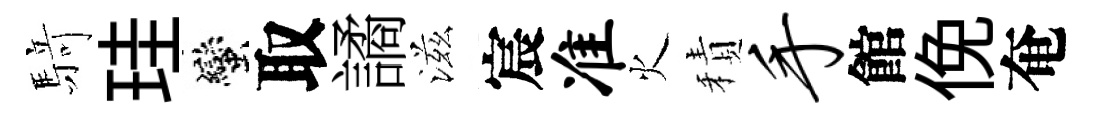
𮪍珪蠻取譎滋宸准火積手館俛奄